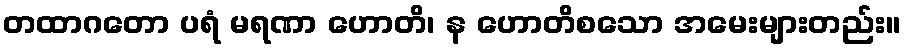
တထာဂတော ပရံ မရဏာ ဟောတိ၊ န ဟောတိစသော အမေးများတည်း။